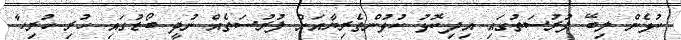
ކުޅެން ލިބޭ ފުރުސަތުގައި އިދިކޮޅު ކުޅުންތެރިޔާއަށް ފުރުސަތެއް ނުދީ ބޯޑުގައި ހުރި ހުރިހާ